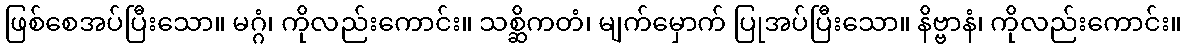
ဖြစ်စေအပ်ပြီးသော။ မဂ္ဂံ၊ ကိုလည်းကောင်း။ သစ္ဆိကတံ၊ မျက်မှောက် ပြုအပ်ပြီးသော။ နိဗ္ဗာနံ၊ ကိုလည်းကောင်း။